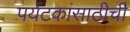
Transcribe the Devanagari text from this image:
पर्यटकांसाठीची